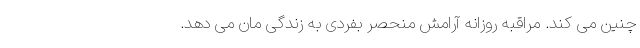
چنین می کند. مراقبه روزانه آرامش منحصر بفردی به زندگی مان می دهد.